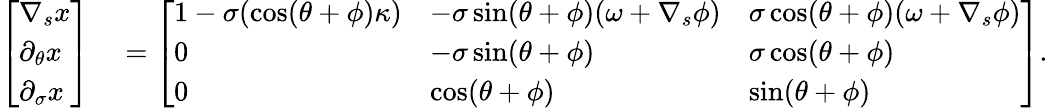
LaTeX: \begin{array}{rl}{\left[\begin{array}{l}{\nabla_{s}x}\\ {\partial_{\theta}x}\\ {\partial_{\sigma}x}\end{array}\right]}&{{}=\left[\begin{array}{lll}{1-\sigma(\cos(\theta+\phi)\kappa)}&{-\sigma\sin(\theta+\phi)(\omega+\nabla_{s}\phi)}&{\sigma\cos(\theta+\phi)(\omega+\nabla_{s}\phi)}\\ {0}&{-\sigma\sin(\theta+\phi)}&{\sigma\cos(\theta+\phi)}\\ {0}&{\cos(\theta+\phi)}&{\sin(\theta+\phi)}\end{array}\right].}\end{array}